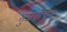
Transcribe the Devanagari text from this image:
तुजवाचून